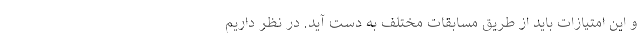
و این امتیازات باید از طریق مسابقات مختلف به دست آید. در نظر داریم